Sketch of the medical history of the native army of Bombay, for the year
Year: 1870
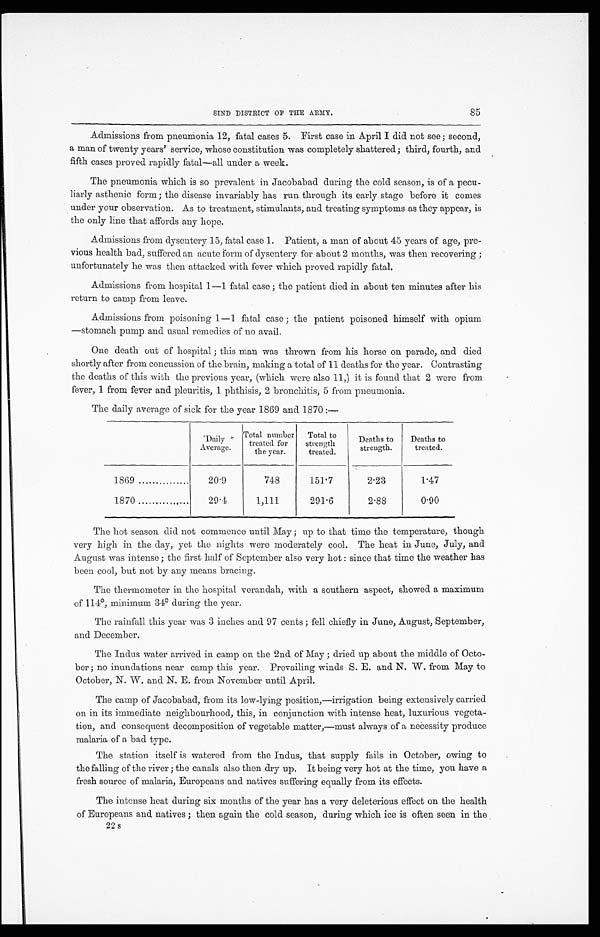
SIND DISTRICT OF THE ARMY.
85
Admissions from pneumonia 12, fatal cases 5. First case in April I did not see; second,
a man of twenty years' service, whose constitution was completely shattered; third, fourth, and
fifth cases proved rapidly fatal—all under a week.
The pneumonia which is so prevalent in Jacobabad during the cold season, is of a pecu-
liarly asthenic form; the disease invariably has run through its early stage before it comes
under your observation. As to treatment, stimulants, and treating symptoms as they appear, is
the only line that affords any hope.
Admissions from dysentery 15, fatal case 1. Patient, a man of about 45 years of age, pre-
vious health bad, suffered an acute form of dysentery for about 2 months, was then recovering;
unfortunately he was then attacked with fever which proved rapidly fatal.
Admissions from hospital 1—1 fatal case; the patient died in about ten minutes after his
return to camp from leave.
Admissions from poisoning 1—1 fatal case; the patient poisoned himself with opium
—stomach pump and usual remedies of no avail.
One death out of hospital; this man was thrown from his horse on parade, and died
shortly after from concussion of the brain, making a total of 11 deaths for the year. Contrasting
the deaths of this with the previous year, (which were also 11,) it is found that 2 were from
fever, 1 from fever and pleuritis, 1 phthisis, 2 bronchitis, 5 from pneumonia.
The daily average of sick for the year 1869 and 1870:—
Daily
Average.
Total number
treated for
the year.
Total to
strength
treated.
Deaths to
strength.
Deaths to
treated.
1869
20.9
748
151.7
2.23
1.47
1870
29.4
1,111
291.6
2.88
0.90
The hot season did not commence until May; up to that time the temperature, though
very high in the day, yet the nights were moderately cool. The heat in June, July, and
August was intense; the first half of September also very hot: since that time the weather has
been cool, but not by any means bracing.
The thermometer in the hospital verandah, with a southern aspect, showed a maximum
of 114°, minimum 34° during the year.
The rainfall this year was 3 inches and. 97 cents; fell chiefly in June, August, September,
and December.
The Indus water arrived in camp on the 2nd of May; dried up about the middle of Octo-
ber; no inundations near camp this year. Prevailing winds S. E. and N. W. from May to
October, N. W. and N. E. from November until April.
The camp of Jacobabad, from its low-lying position,—irrigation being extensively carried
on in its immediate neighbourhood, this, in conjunction with intense heat, luxurious vegeta-
tion, and consequent decomposition of vegetable matter,—must always of a necessity produce
malaria of a bad type.
The station itself is watered from the Indus, that supply fails in October, owing to
the falling of the river; the canals also then dry up. It being very hot at the time, you have a
fresh source of malaria, Europeans and natives suffering equally from its effects.
The intense heat during six months of the year has a very deleterious effect on the health
of Europeans and natives; then again the cold season, during which ice is often seen in the
22 s